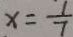
x = \frac { 1 } { 7 }